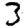
Digit: 3